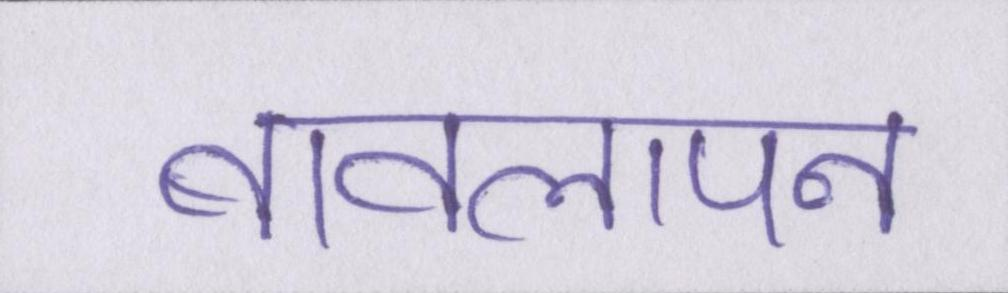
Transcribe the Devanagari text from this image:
बावलापन